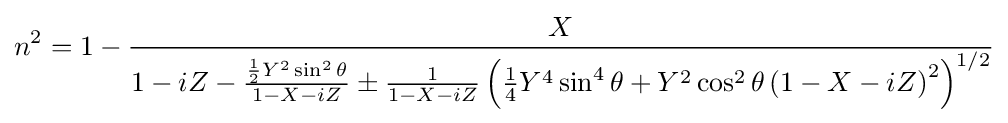
n^{2}=1-{\frac {X}{1-iZ-{\frac {{\frac {1}{2}}Y^{2}\sin ^{2}\theta }{1-X-iZ}}\pm {\frac {1}{1-X-iZ}}\left({\frac {1}{4}}Y^{4}\sin ^{4}\theta +Y^{2}\cos ^{2}\theta \left(1-X-iZ\right)^{2}\right)^{1/2}}}